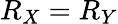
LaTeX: R_{X}=R_{Y}